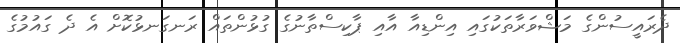
ދެރައީސުންގެ މަޝްވަރާތަކުގައި އިންޑިއާ އާއި ޕާކިސްތާނުގެ ގުޅުންތައް ރަނގަނޅުކޮށް އެ ދެ ގައުމުގެ